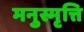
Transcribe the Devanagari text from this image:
मनुस्मृत्ति